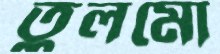
তুলমো